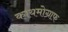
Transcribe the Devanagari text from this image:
कायमोग्राफ